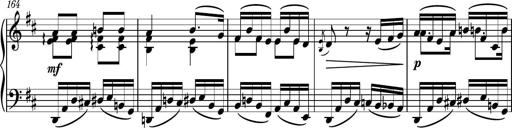
Title: Piano Sonatina No.6
Composer: Dimitri Sykias
Key: A major